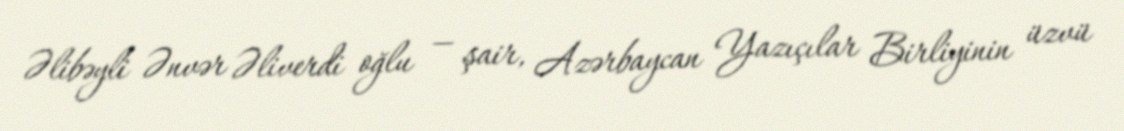
Əlibəyli Ənvər Əliverdi oğlu — şair, Azərbaycan Yazıçılar Birliyinin üzvü